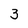
Character: 3